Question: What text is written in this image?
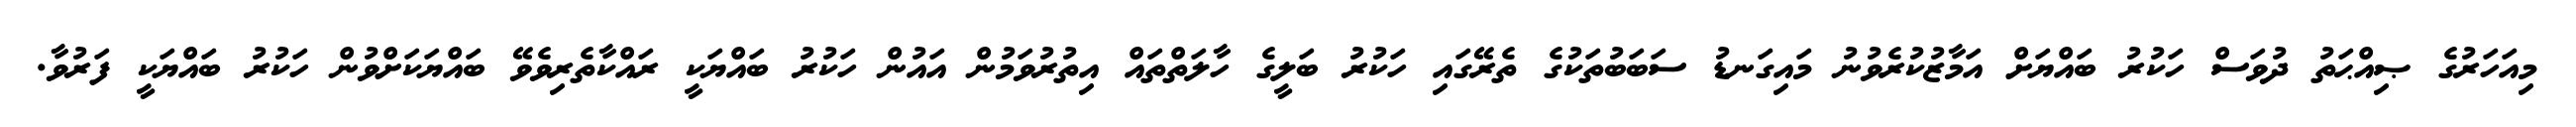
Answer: މިއަހަރުގެ ޞިއްޙަތު ދުވަސް ހަކުރު ބައްޔަށް އަމާޒުކުރެވުނު މައިގަނޑު ސަބަބުތަކުގެ ތެރޭގައި ހަކުރު ބަލީގެ ހާލަތްތައް އިތުރުވަމުން އައުން ހަކުރު ބައްޔަކީ ރައްކާތެރިވެވޭ ބައްޔަކަށްވުން ހަކުރު ބައްޔަކީ ފަރުވާ.